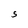
Character: S